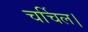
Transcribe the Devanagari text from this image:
चर्चिल।